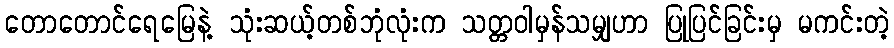
တောတောင်ရေမြေနဲ့ သုံးဆယ့်တစ်ဘုံလုံးက သတ္တဝါမှန်သမျှဟာ ပြုပြင်ခြင်းမှ မကင်းတဲ့